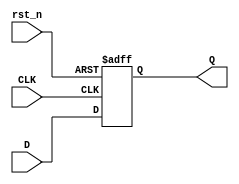
module DFF (
	input  wire CLK,
	input  wire rst_n,
	input  wire D,
	output reg  Q
);

always @(posedge CLK,negedge rst_n) begin
	if (!rst_n) begin
		Q <= 1'b0;
	end
	else begin
		Q <= D;
	end
end
endmodule